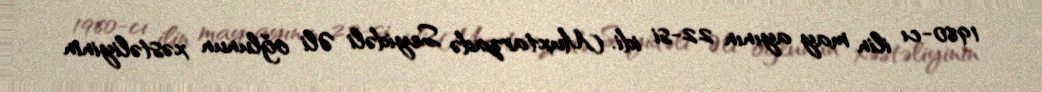
1960-cı ilin may ayının 22-si idi. Muxtarzadə Seyidəli Əli oğlunun xəstəliyinin